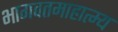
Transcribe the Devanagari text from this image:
भागवतमाहात्म्य